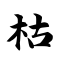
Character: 枯